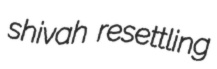
shivah resettling